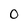
Character: 0